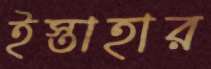
ইস্তাহার